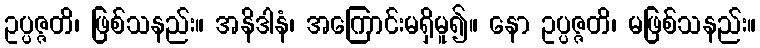
ဥပ္ပဇ္ဇတိ၊ ဖြစ်သနည်း။ အနိဒါနံ၊ အကြောင်းမရှိမူ၍။ နော ဥပ္ပဇ္ဇတိ၊ မဖြစ်သနည်း။